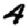
Digit: 4